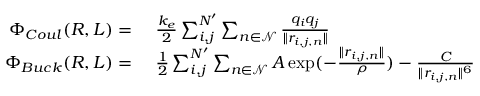
\begin{array} { r l } { \Phi _ { C o u l } ( R , L ) = } & { \ \frac { k _ { e } } { 2 } \sum _ { i , j } ^ { N ^ { \prime } } \sum _ { n \in \mathcal { N } } \frac { q _ { i } q _ { j } } { \| r _ { i , j , n } \| } } \\ { \Phi _ { B u c k } ( R , L ) = } & { \ \frac { 1 } { 2 } \sum _ { i , j } ^ { N ^ { \prime } } \sum _ { n \in \mathcal { N } } A \exp ( - \frac { \| r _ { i , j , n } \| } { \rho } ) - \frac { C } { \| r _ { i , j , n } \| ^ { 6 } } } \end{array}